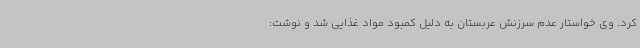
کرد. وی خواستار عدم سرزنش عربستان به دلیل کمبود مواد غذایی شد و نوشت: